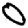
Digit: 0